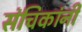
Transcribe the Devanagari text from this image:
संचिकांनी